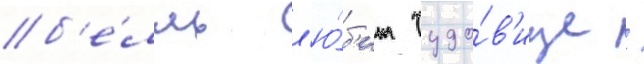
б'е́лль л'ю́б'ит чудо́в'ище /